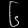
Digit: ၆